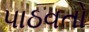
પાઠવતો